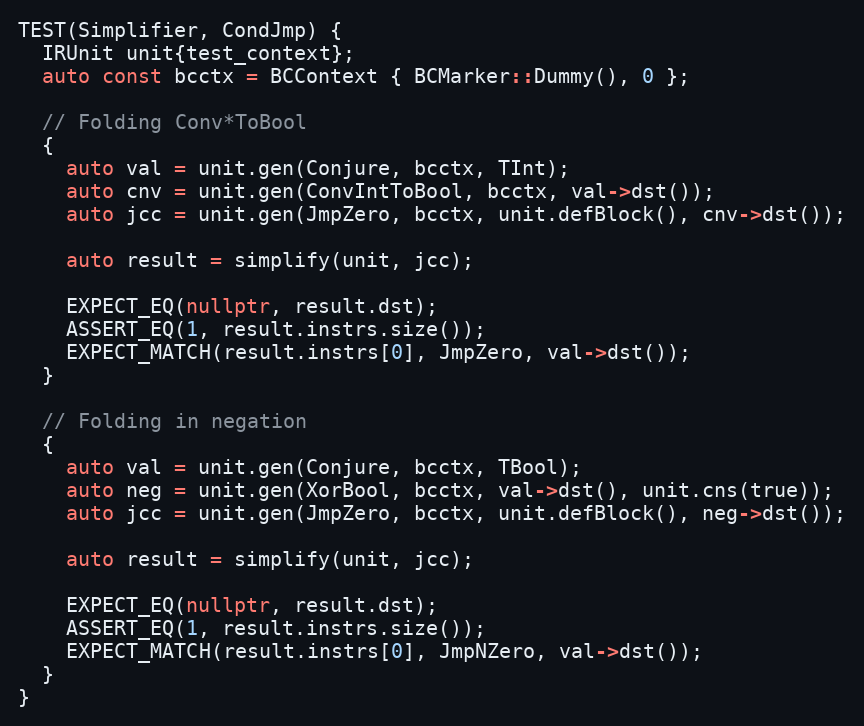
Language: C++
TEST(Simplifier, CondJmp) {
  IRUnit unit{test_context};
  auto const bcctx = BCContext { BCMarker::Dummy(), 0 };

  // Folding Conv*ToBool
  {
    auto val = unit.gen(Conjure, bcctx, TInt);
    auto cnv = unit.gen(ConvIntToBool, bcctx, val->dst());
    auto jcc = unit.gen(JmpZero, bcctx, unit.defBlock(), cnv->dst());

    auto result = simplify(unit, jcc);

    EXPECT_EQ(nullptr, result.dst);
    ASSERT_EQ(1, result.instrs.size());
    EXPECT_MATCH(result.instrs[0], JmpZero, val->dst());
  }

  // Folding in negation
  {
    auto val = unit.gen(Conjure, bcctx, TBool);
    auto neg = unit.gen(XorBool, bcctx, val->dst(), unit.cns(true));
    auto jcc = unit.gen(JmpZero, bcctx, unit.defBlock(), neg->dst());

    auto result = simplify(unit, jcc);

    EXPECT_EQ(nullptr, result.dst);
    ASSERT_EQ(1, result.instrs.size());
    EXPECT_MATCH(result.instrs[0], JmpNZero, val->dst());
  }
}